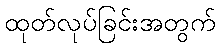
ထုတ်လုပ်ခြင်းအတွက်